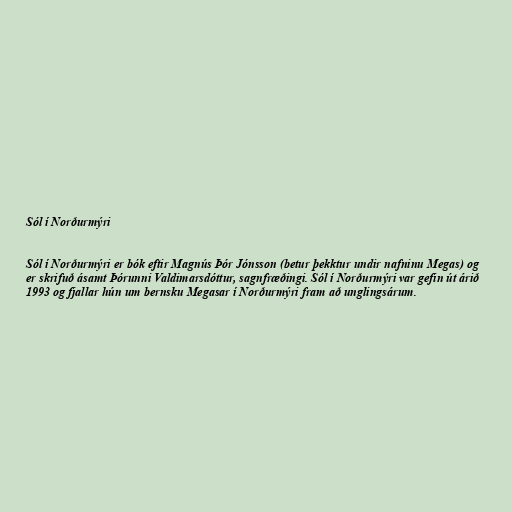
Sól í Norðurmýri

Sól í Norðurmýri er bók eftir Magnús Þór Jónsson (betur þekktur undir nafninu Megas) og
er skrifuð ásamt Þórunni Valdimarsdóttur, sagnfræðingi. Sól í Norðurmýri var gefin út árið
1993 og fjallar hún um bernsku Megasar í Norðurmýri fram að unglingsárum.